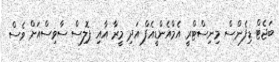
ބަޖެޓް ޑިފެންސް މިނިސްޓްރީ އެމްއެންޑީއެފް އަދި މީރާ އާއި ޕޮލިސް ސާވިސްއަށް ވެސް